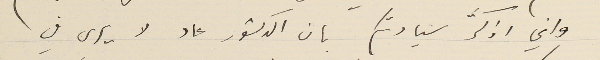
واني اذكَّر سيادتكم بان الدكتور عاد لا يرى في